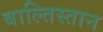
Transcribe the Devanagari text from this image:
बाल्तिस्तान